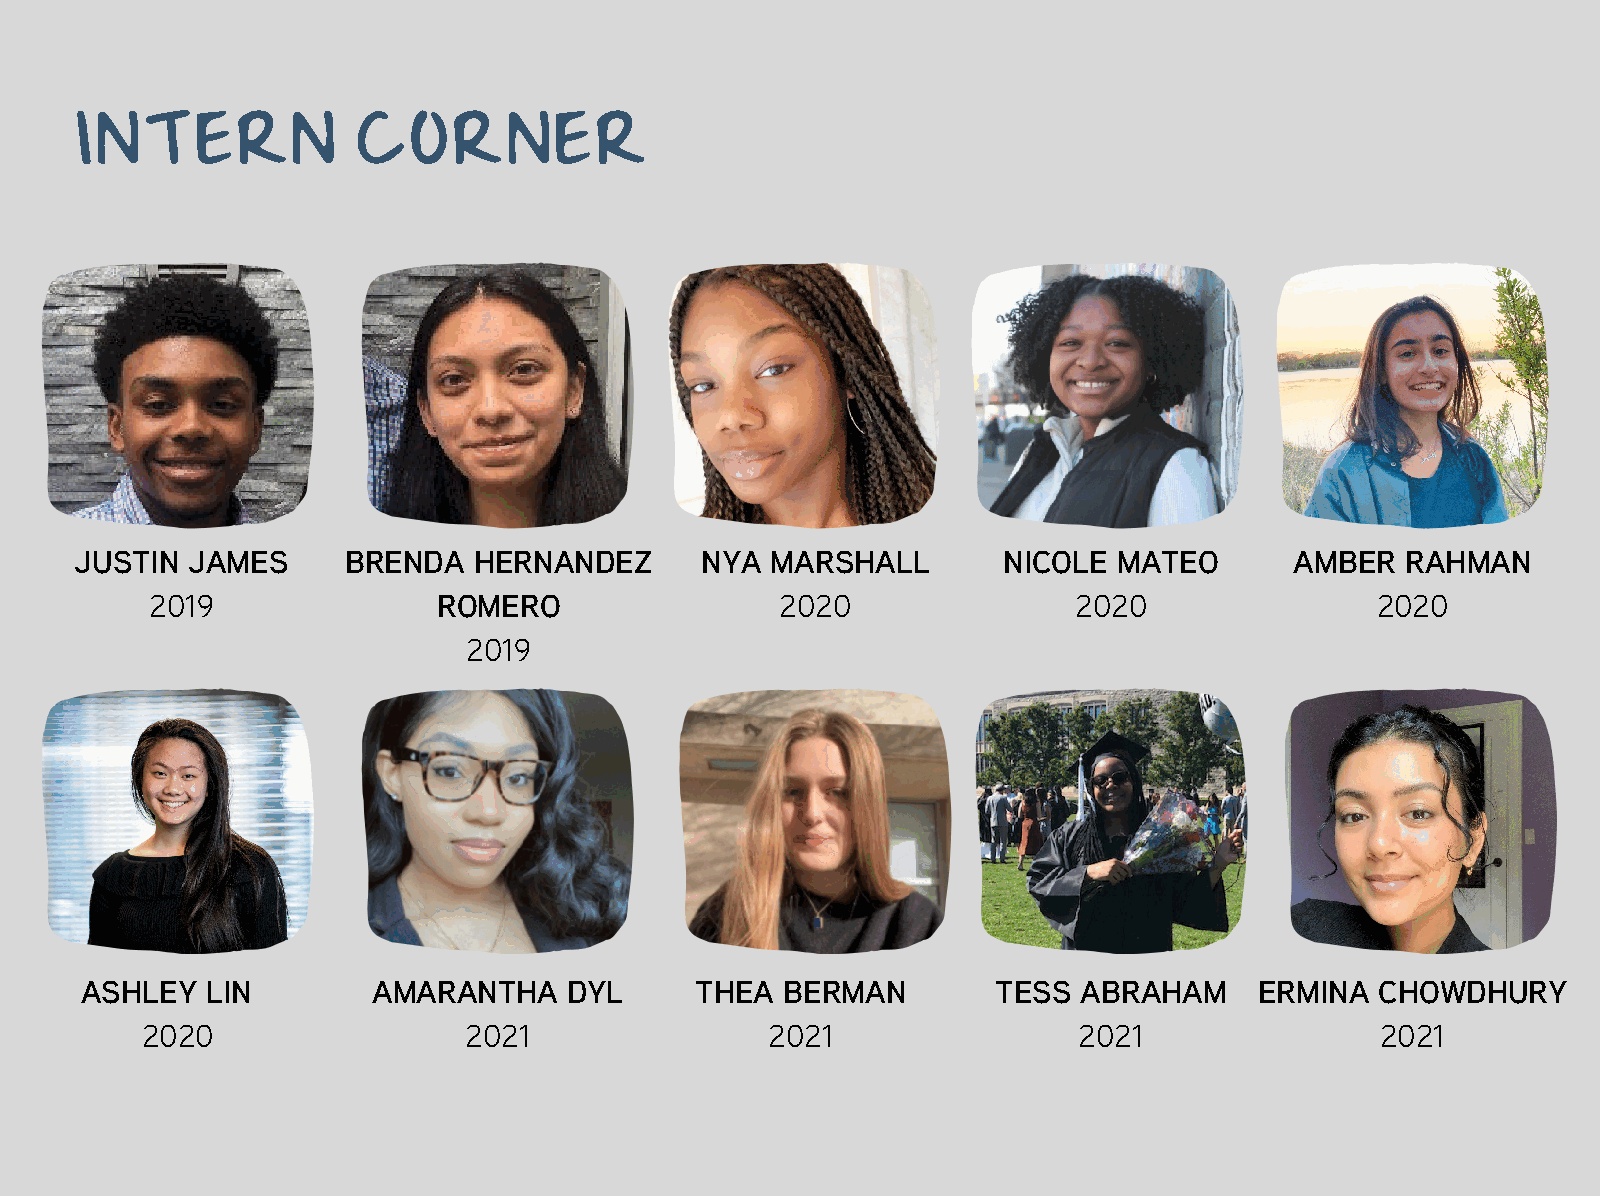
INTERN            CORNER
 JUSTIN JAMES      BRENDA  HERNANDEZ      NYA  MARSHALL       NICOLE  MATEO       AMBER  RAHMAN
 2019               ROMERO                 2020               2020                2020
 2019
 ASHLEY   LIN        AMARANTHA    DYL     THEA  BERMAN        TESS  ABRAHAM    ERMINA  CHOWDHURY
 2020                  2021                2021                2021                2021